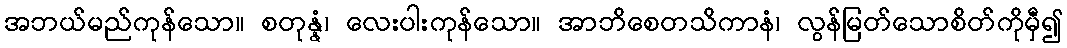
အဘယ်မည်ကုန်သော။ စတုန္နံ၊ လေးပါးကုန်သော။ အာဘိစေတသိကာနံ၊ လွန်မြတ်သောစိတ်ကိုမှီ၍